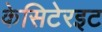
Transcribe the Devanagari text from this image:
केसिटेरइट